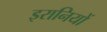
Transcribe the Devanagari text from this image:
इरानियों